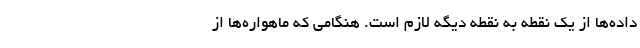
داده‌ها از یک نقطه به نقطه دیگه لازم است. هنگامی که ماهواره‌ها از